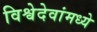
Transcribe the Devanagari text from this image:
विश्वेदेवांमध्ये